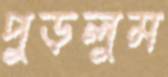
পুড়লুম